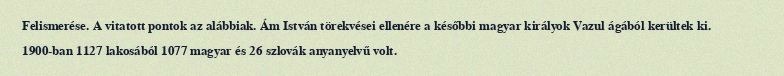
Felismerése. A vitatott pontok az alábbiak. Ám István törekvései ellenére a későbbi magyar királyok Vazul ágából kerültek ki. 1900-ban 1127 lakosából 1077 magyar és 26 szlovák anyanyelvű volt.